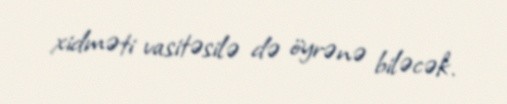
xidməti vasitəsilə də öyrənə biləcək.